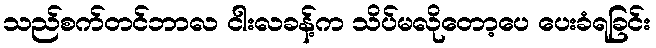
သည်စက်တင်ဘာလ ငါးလခန့်က သိပ်မလိုတော့ပေ ပေးခံရခြင်း